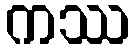
ကဿ